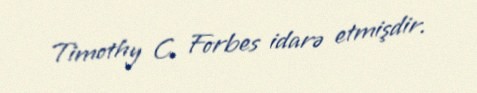
Timothy C. Forbes idarə etmişdir.